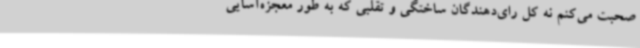
صحبت می‌کنم نه کل رای‌دهندگان ساختگی و تقلبی که به طور معجزه‌آسایی